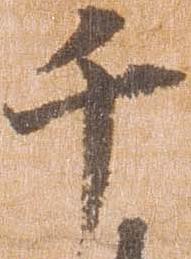
千